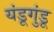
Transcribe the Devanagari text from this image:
यंडूगुंडू